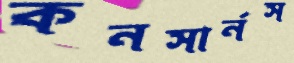
কনসার্নস